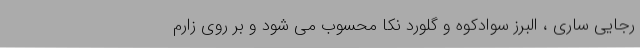
رجایی ساری ، البرز سوادکوه و گلورد نکا محسوب می شود و بر روی زارم